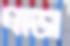
প্রাডা